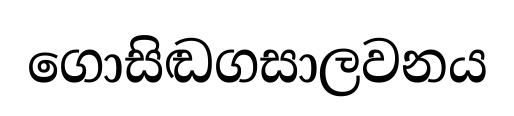
ගොසිඬගසාලවනය